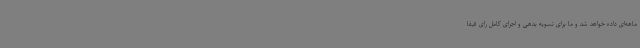
ماهه‌ای داده خواهد شد و ما برای تسویه بدهی و اجرای کامل رای فیفا